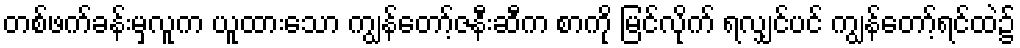
တစ်ဖက်ခန်းမှလူက ယူထားသော ကျွန်တော့်ဇနီးဆီက စာကို မြင်လိုက် ရလျှင်ပင် ကျွန်တော့်ရင်ထဲ၌